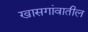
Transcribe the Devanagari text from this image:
खासगांवातील